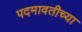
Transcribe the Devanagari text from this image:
पदमावतीच्या